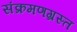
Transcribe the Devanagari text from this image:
संक्रमणग्रस्त